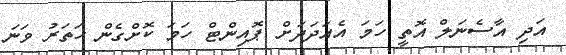
އަދި އާސެނަލް އޮތީ ހަމަ އެއަދަދަށް ޕޮއިންޓް ހަމަ ކޮށްގެން ހަތަރު ވަނަ